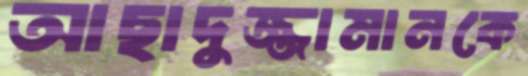
আছাদুজ্জামানকে